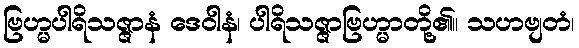
ဗြဟ္မပါရိသဇ္ဇာနံ ဒေဝါနံ၊ ပါရိသဇ္ဇာဗြဟ္မာတို့၏။ သဟဗျတံ၊